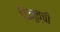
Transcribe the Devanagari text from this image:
दिनुच्ची